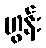
ဟွန်း